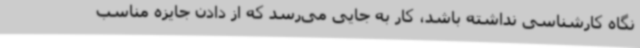
نگاه کارشناسی نداشته باشد، کار به جایی می‌رسد که از دادن جایزه مناسب